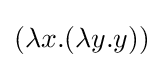
(\lambda x.(\lambda y.y))